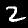
Label: 2